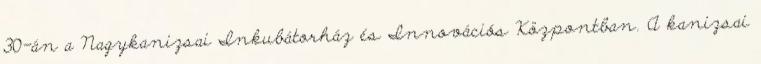
30-án a Nagykanizsai Inkubátorház és Innovációs Központban. A kanizsai